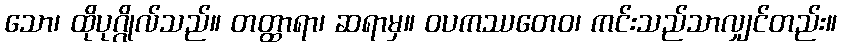
သော၊ ထိုပုဂ္ဂိုလ်သည်။ တတ္ထာရာ၊ ဆရာမှ။ ဝပကဿတေဝ၊ ကင်းသည်သာလျှင်တည်း။